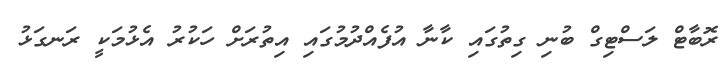
ރޮބާޓް ލަސްޓިގް ބުނި ގިތުގައި ކާނާ އުފެއްދުމުގައި އިތުރަށް ހަކުރު އެޅުމަކީ ރަނގަޅު